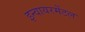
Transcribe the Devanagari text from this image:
इन्वायरमेंटल